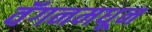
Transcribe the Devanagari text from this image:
वॅगनमधून